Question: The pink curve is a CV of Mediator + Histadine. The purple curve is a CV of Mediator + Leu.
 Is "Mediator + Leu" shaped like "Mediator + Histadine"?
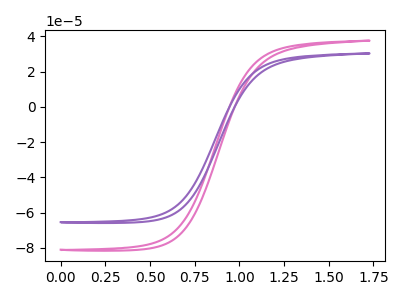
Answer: <think>The pink curve "Mediator + Histadine" has no peaks. The purple curve "Mediator + Leu" has no peaks.
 Neither "Mediator + Leu" or "Mediator + Histadine" have any peaks.</think>
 <answer>"Mediator + Leu" and "Mediator + Histadine" are similar in shape.</answer>
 <eval>same_shape</eval>